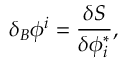
\delta _ { B } \phi ^ { i } = \frac { \delta S } { \delta \phi _ { i } ^ { * } } ,